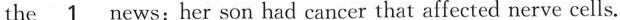
the \underline{1} news:her son had cancer that affected nerve cells.